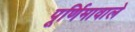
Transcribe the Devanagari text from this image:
पूर्णिमावाले